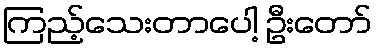
ကြည့်သေးတာပေါ့ ဦးတော်